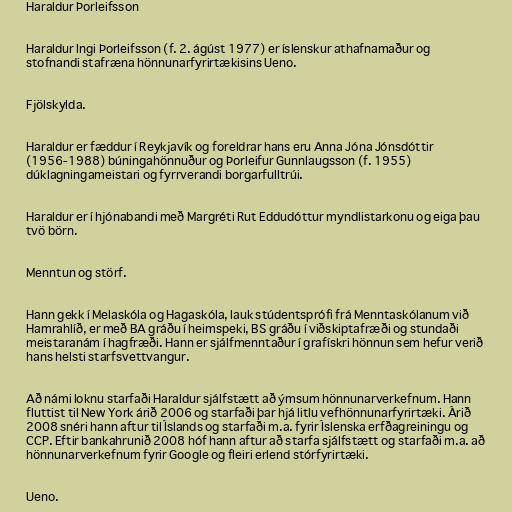
Haraldur Þorleifsson

Haraldur Ingi Þorleifsson (f. 2. ágúst 1977) er íslenskur athafnamaður og
stofnandi stafræna hönnunarfyrirtækisins Ueno.

Fjölskylda.

Haraldur er fæddur í Reykjavík og foreldrar hans eru Anna Jóna Jónsdóttir
(1956-1988) búningahönnuður og Þorleifur Gunnlaugsson (f. 1955)
dúklagningameistari og fyrrverandi borgarfulltrúi.

Haraldur er í hjónabandi með Margréti Rut Eddudóttur myndlistarkonu og eiga þau
tvö börn.

Menntun og störf.

Hann gekk í Melaskóla og Hagaskóla, lauk stúdentsprófi frá Menntaskólanum við
Hamrahlíð, er með BA gráðu í heimspeki, BS gráðu í viðskiptafræði og stundaði
meistaranám í hagfræði. Hann er sjálfmenntaður í grafískri hönnun sem hefur verið
hans helsti starfsvettvangur.

Að námi loknu starfaði Haraldur sjálfstætt að ýmsum hönnunarverkefnum. Hann
fluttist til New York árið 2006 og starfaði þar hjá litlu vefhönnunarfyrirtæki. Árið
2008 snéri hann aftur til Íslands og starfaði m.a. fyrir Íslenska erfðagreiningu og
CCP. Eftir bankahrunið 2008 hóf hann aftur að starfa sjálfstætt og starfaði m.a. að
hönnunarverkefnum fyrir Google og fleiri erlend stórfyrirtæki.

Ueno.